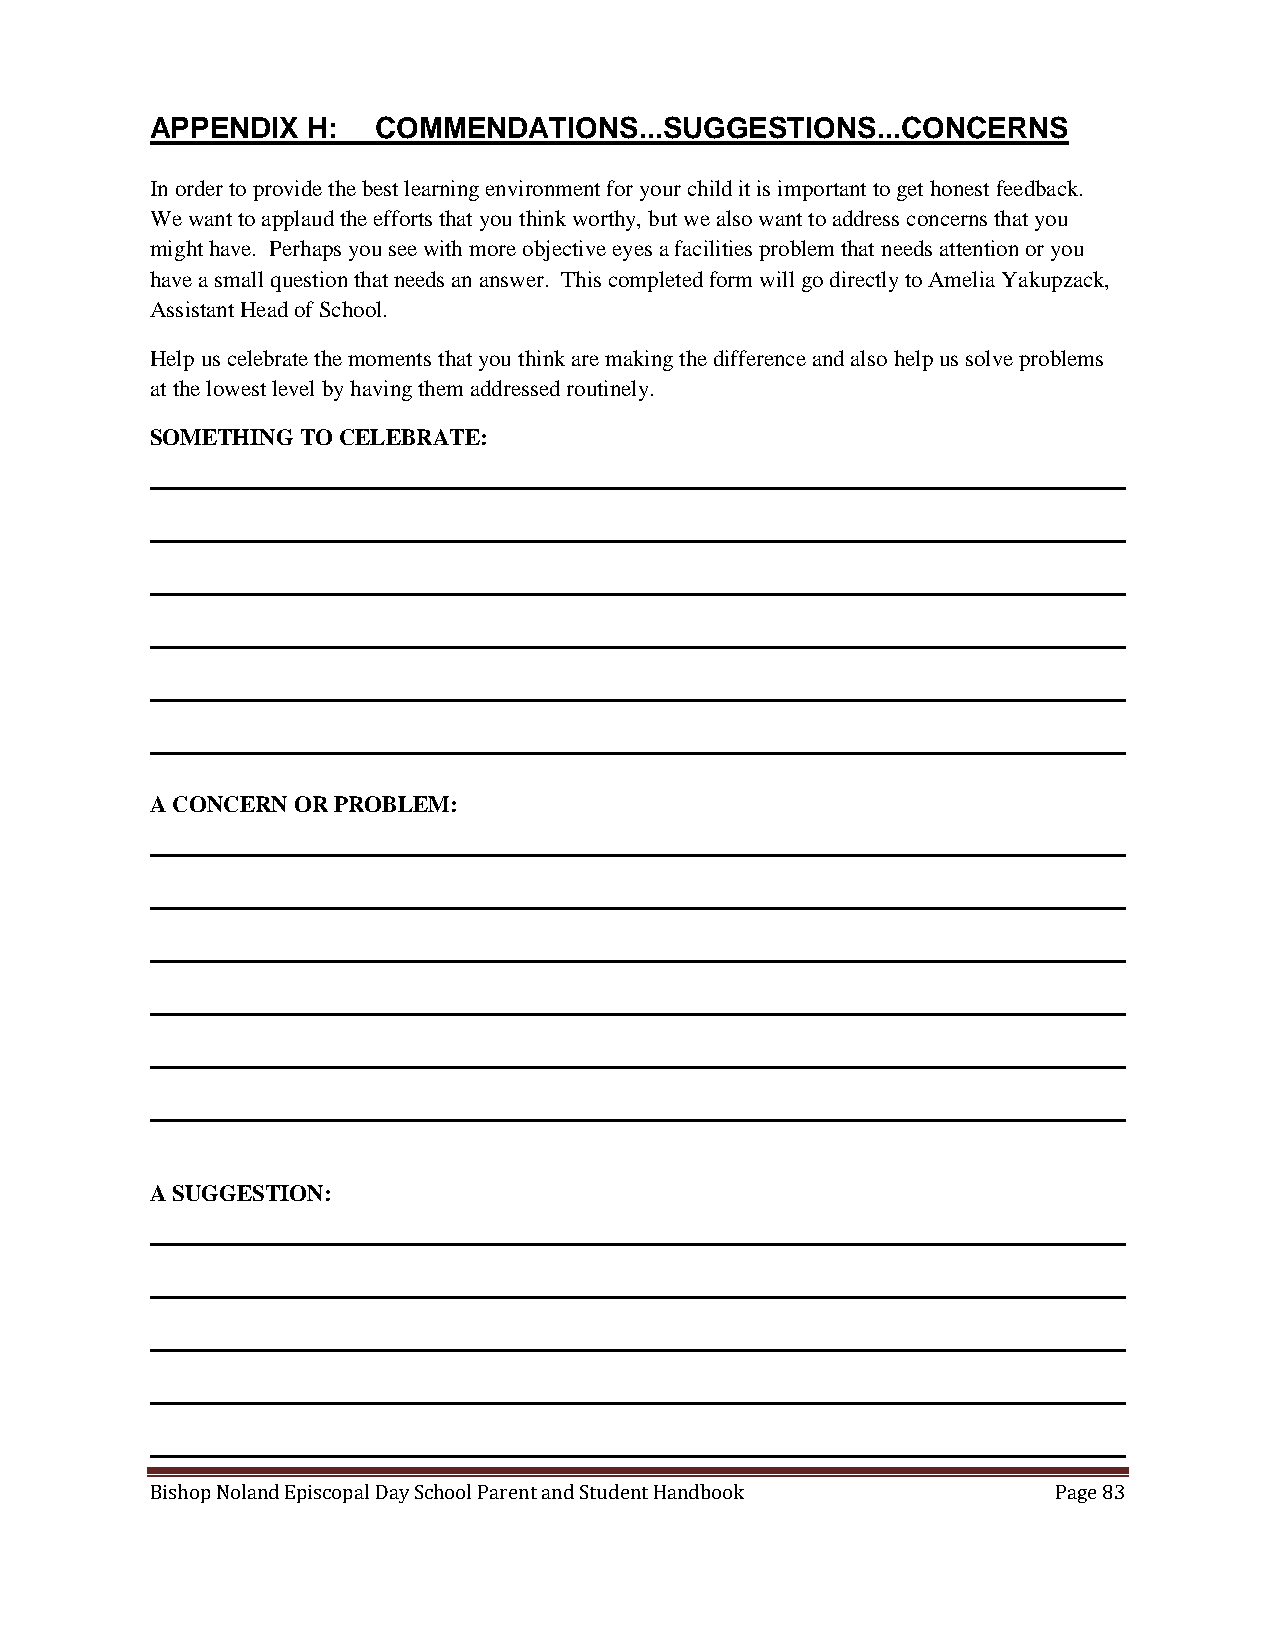
APPENDIX  H:   COMMENDATIONS...SUGGESTIONS...CONCERNS
 In order to provide the best learning environment for your child it is important to get honest feedback.
 We want to applaud the efforts that you think worthy, but we also want to address concerns that you
 might have. Perhaps you see with more objective eyes a facilities problem that needs attention or you
 have a small question that needs an answer. This completed form will go directly to Amelia Yakupzack,
 Assistant Head of School.
 Help us celebrate the moments that you think are making the difference and also help us solve problems
 at the lowest level by having them addressed routinely.
 SOMETHING TO CELEBRATE:
 A CONCERN OR PROBLEM:
 A SUGGESTION:
 Bishop Noland Episcopal Day School Parent and Student Handbook Page 83